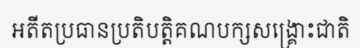
អតីតប្រធានប្រតិបត្តិគណបក្សសង្គ្រោះជាតិ